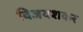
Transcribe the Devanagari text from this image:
विजयशकर